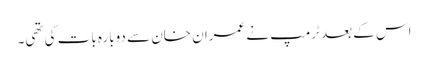
اس کے بعد ٹرمپ نے عمران خان سے دوبارہ بات کی تھی۔